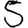
Digit: 5